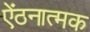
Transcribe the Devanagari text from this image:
ऐंठनात्मक